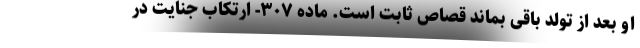
او بعد از تولد باقی بماند قصاص ثابت است. ماده ۳۰۷- ارتکاب جنایت در